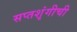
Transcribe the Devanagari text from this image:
सप्तशृंगीची